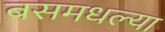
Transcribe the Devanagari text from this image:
बसमधल्या